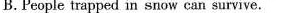
B.People trapped in snow can survive.